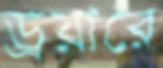
ড্রয়ারে